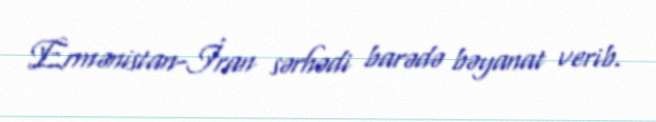
Ermənistan-İran sərhədi barədə bəyanat verib.